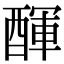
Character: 𨡫